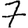
Digit: 7